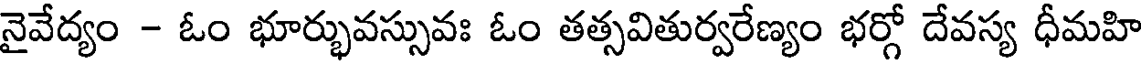
నైవేద్యం - ఓం భూర్భువస్సువః ఓం తత్సవితుర్వరేణ్యం భర్గో దేవస్య ధీమహి